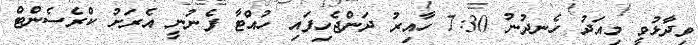
ވިދާޅުވީ މިއަދު ހެނދުނު 7:30 ހާއިރު ދަންޖެހިފައި ހުއްޓާ ފެނުނީ އެރަށު ކްރެސެންޓް